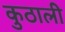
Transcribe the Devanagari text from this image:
कुठाली